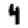
Digit: 4